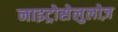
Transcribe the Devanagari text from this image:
नाइट्रोसेलुलोज़